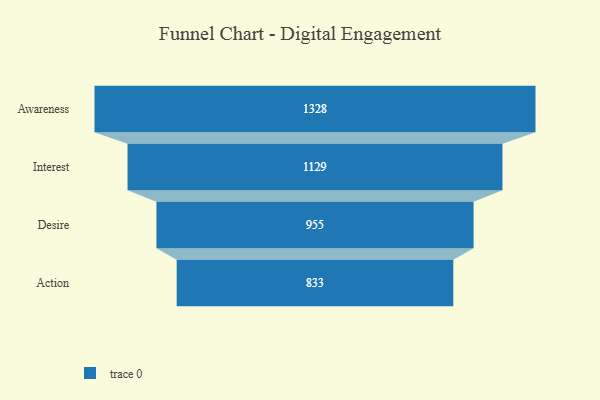
{"axis": {"x": "Stage", "y": "Value"}, "legend": [""], "data": [{"x": "Awareness", "y": 1328.0, "type": ""}, {"x": "Interest", "y": 1129.0, "type": ""}, {"x": "Desire", "y": 955.0, "type": ""}, {"x": "Action", "y": 833.0, "type": ""}]}